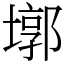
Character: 墎